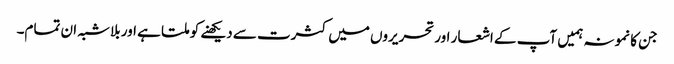
جن کا نمونہ ہمیں آپ کے اشعار اور تحریروں میں کثرت سے دیکھنے کو ملتا ہے اور بلاشبہ ان تمام۔